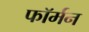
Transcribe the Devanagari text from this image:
फॉर्मन